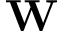
{ \bf W }